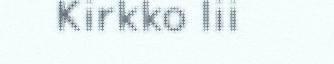
Kirkko lii